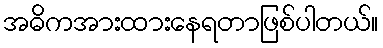
အဓိကအားထားနေရတာဖြစ်ပါတယ်။